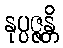
နုပ္ပဇ္ဇန္တိ